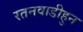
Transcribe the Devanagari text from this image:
रतनवाडीहुन